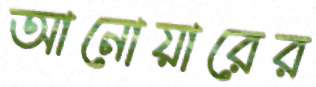
আনোয়ারের